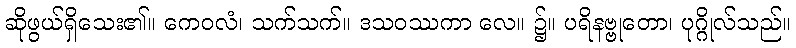
ဆိုဖွယ်ရှိသေး၏။ ကေဝလံ၊ သက်သက်။ ဒသဝဿကာ လေ။ ၌။ ပရိနဗ္ဗုတော၊ ပုဂ္ဂိုလ်သည်။